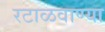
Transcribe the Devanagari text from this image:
रटाळवाण्या